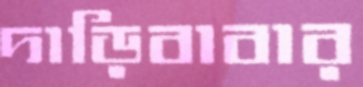
দাড়িবাবার